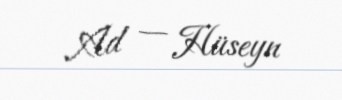
Ad — Hüseyn